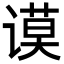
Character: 谟